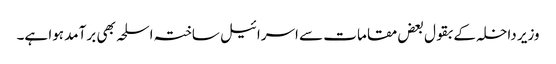
وزیر داخلہ کے بقول بعض مقامات سے اسرائیل ساختہ اسلحہ بھی برآمد ہوا ہے۔